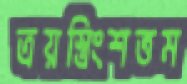
ত্রয়স্ত্রিংশত্তম